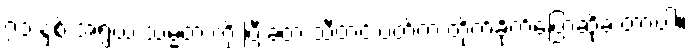
၇၁ နှစ် အရွယ် သမ္မတ ကို ပြီးခဲ့တဲ့ သီတင်းပတ်က တိုက်ခိုက်ပြောဆိုခဲ့ တာပါ။